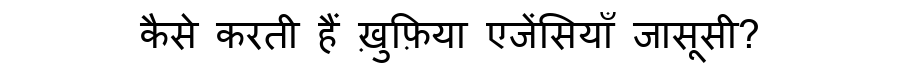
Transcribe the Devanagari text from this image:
कैसे करती हैं ख़ुफ़िया एजेंसियाँ जासूसी?